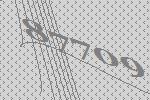
87709